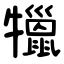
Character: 犣